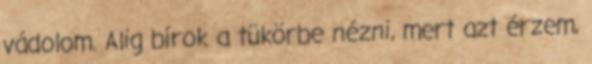
vádolom. Alig bírok a tükörbe nézni, mert azt érzem,